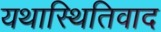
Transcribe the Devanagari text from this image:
यथास्थितिवाद